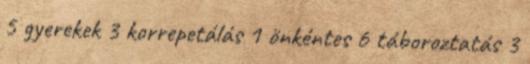
5 gyerekek 3 korrepetálás 1 önkéntes 6 táboroztatás 3